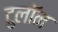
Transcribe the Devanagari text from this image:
टुलॉन